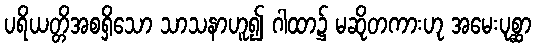
ပရိယတ္တိအစရှိသော သာသနာဟူ၍ ဂါထာ၌ မဆိုတကားဟု အမေးပုစ္ဆာ